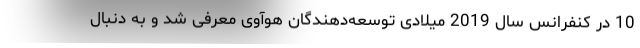
10 در کنفرانس سال 2019 میلادی توسعه‌دهندگان هوآوی معرفی شد و به دنبال